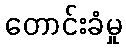
တောင်းခံမှု